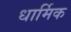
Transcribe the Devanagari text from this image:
धार्मिक